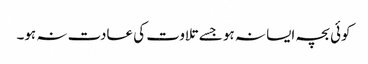
کوئی بچہ ایسا نہ ہو جسے تلاوت کی عادت نہ ہو۔